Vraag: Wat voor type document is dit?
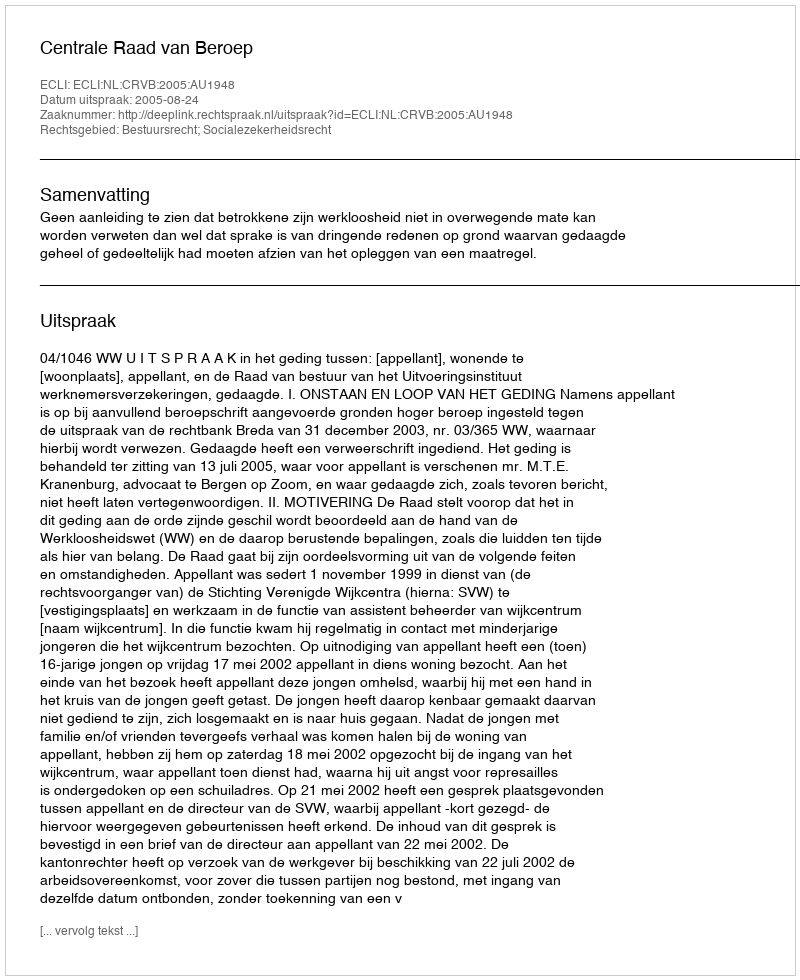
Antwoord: Uitspraak